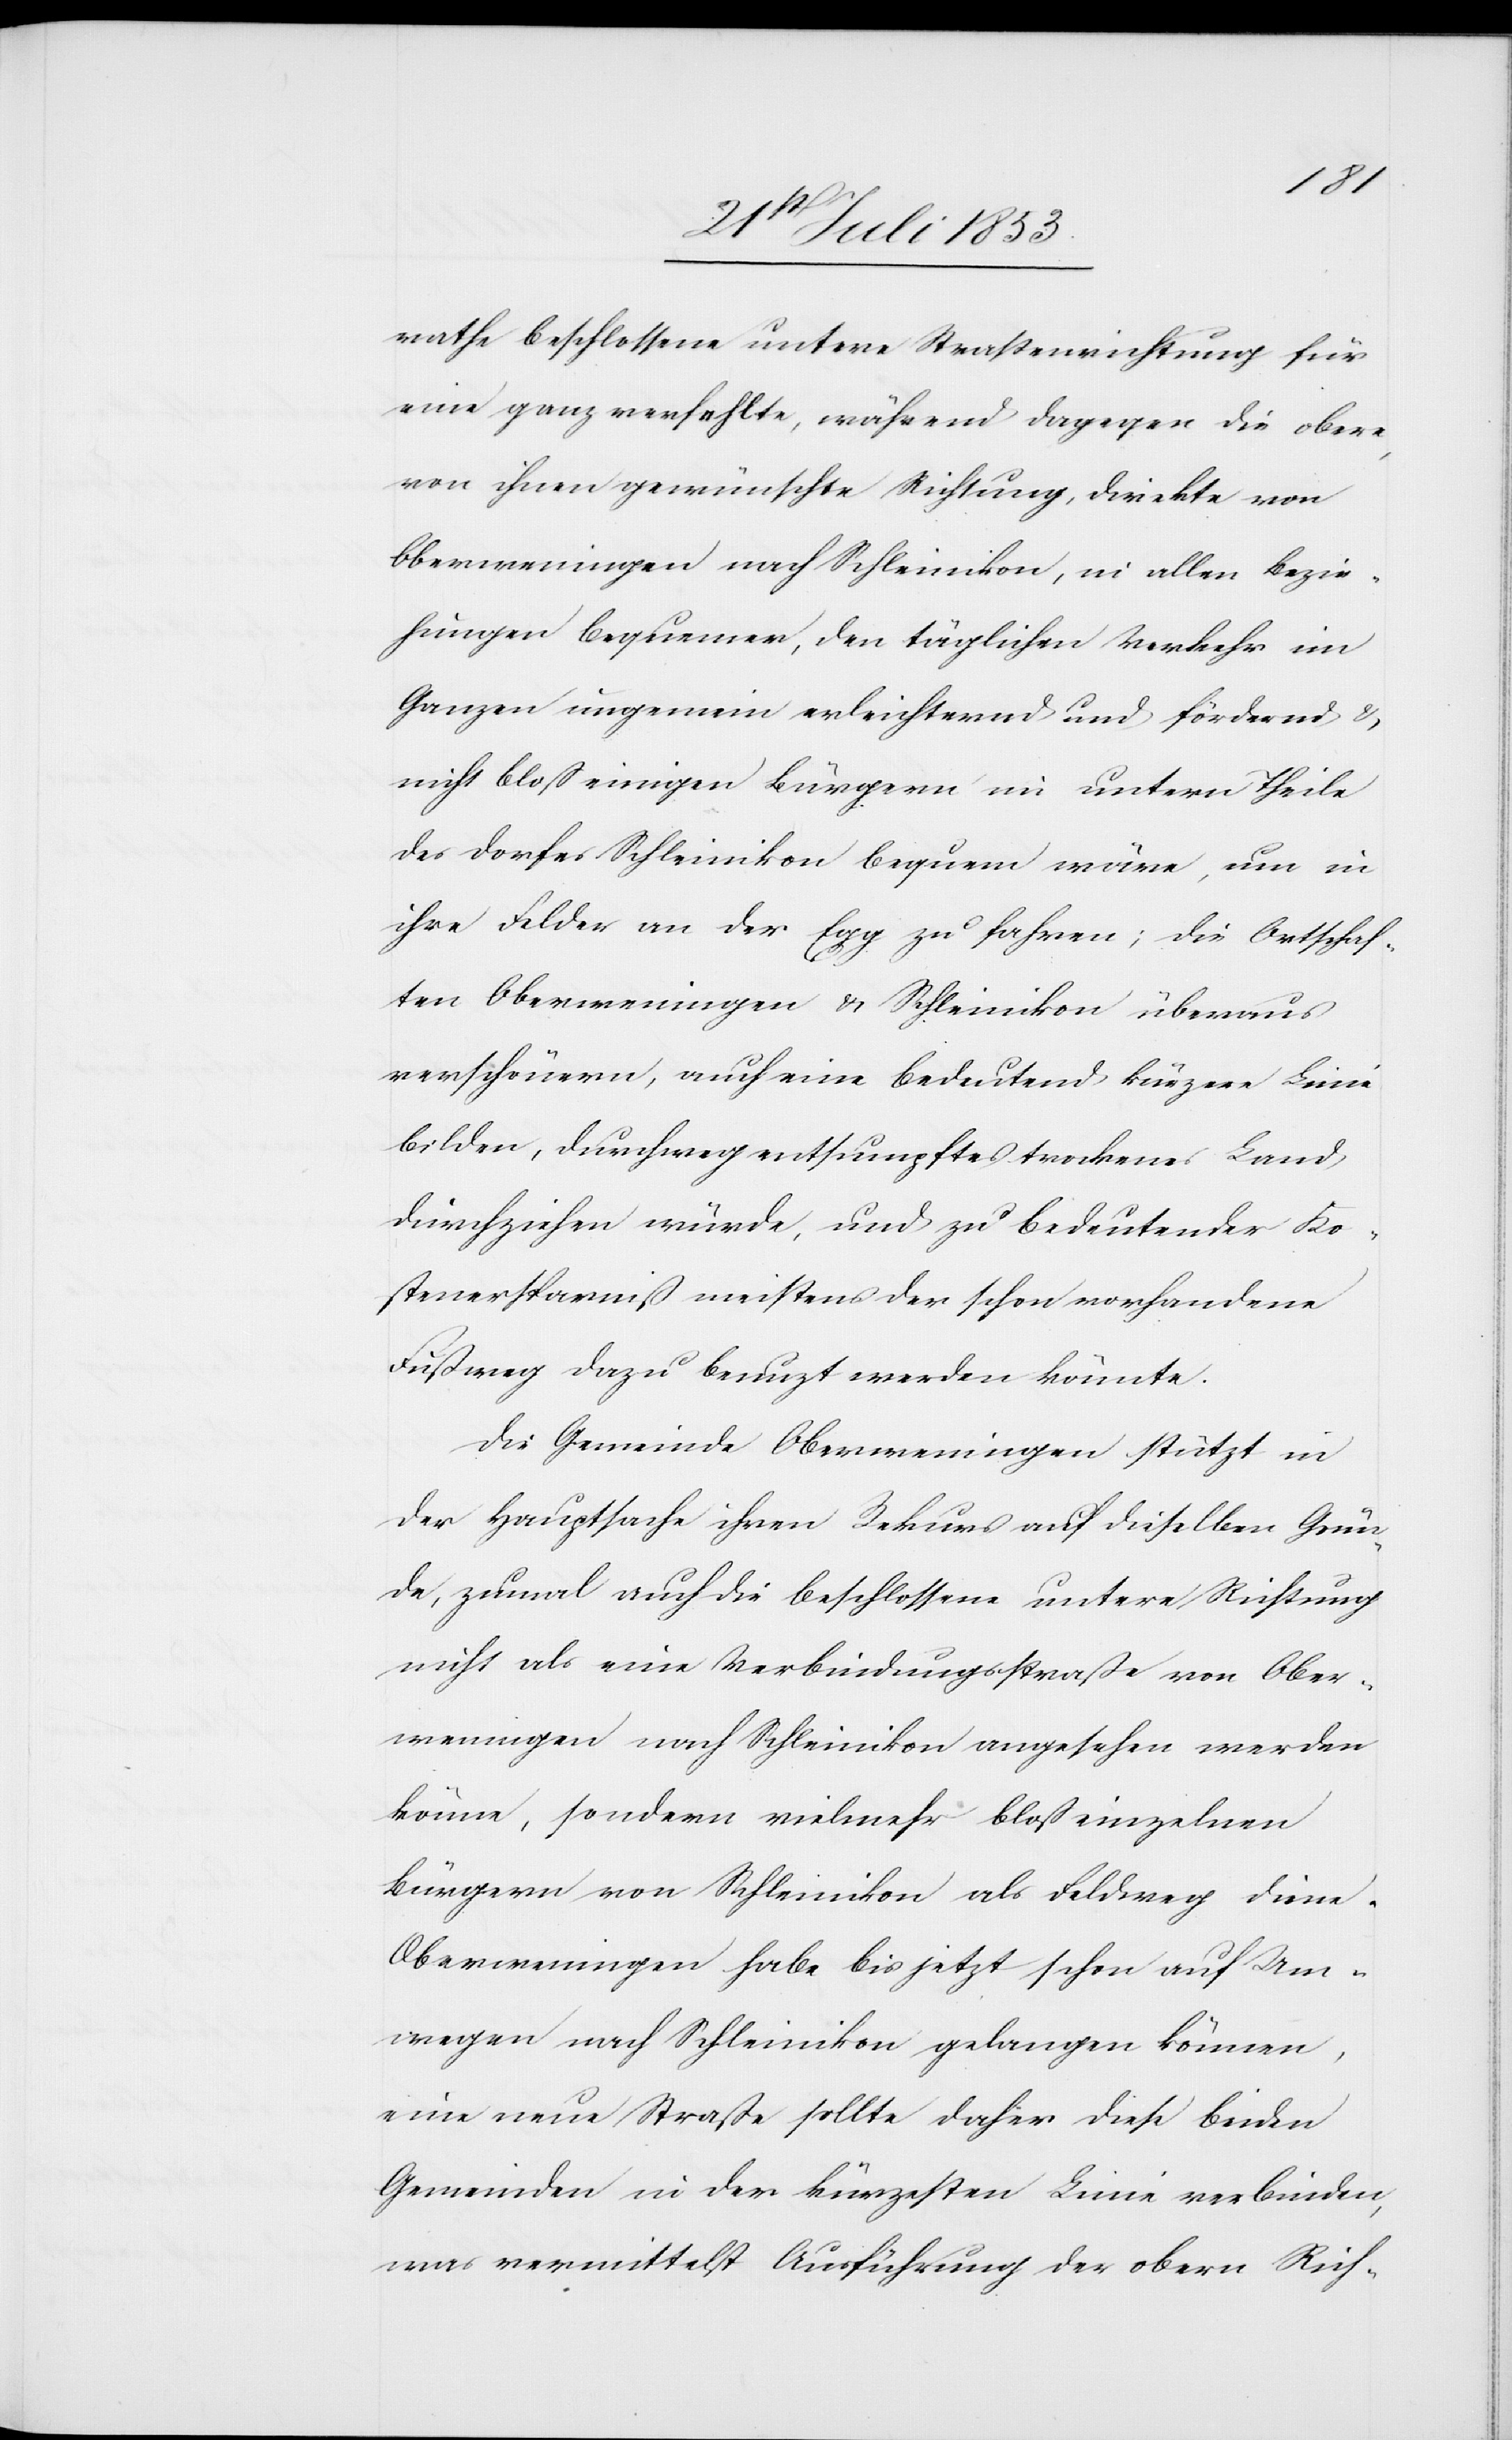
rathe beschlossene untere Straßenrichtung für
eine ganz verfehlte, während dagegen die obere
von ihnen gewünschte Richtung, direkte von
Oberweningen nach Schleinikon, in allen Bezie¬
hungen bequemer, den täglichen Verkehr im
Ganzen ungemein erleichternd und fördernd u.
nicht bloß einigen Bürgern im untern Theile
des Dorfes Schleinikon bequem wäre, um in
ihre Felder an der Egg zu fahren; die Ortschaf¬
ten Oberweningen u. Schleinikon überaus
verschönern, auch eine bedeutend kürzere Linie
bilden, durchweg entsumpftes und trockenes Land,
durchziehen würde, und zu bedeutender Ko¬
stenersparniß meistens der schon vorhandene
Fußweg dazu benuzt werden könnte.
Die Gemeinde Oberweningen stützt in
der Hauptsache ihren Rekurs auf dieselben Grün¬
de, zumal auch die beschlossene untere Richtung
nicht als eine Verbindungsstraße von Ober¬
weningen nach Schleinikon angesehen werden
könne, sondern vielmehr bloß einzelnen
Bürgern von Schleinikon als Feldweg diene.
Oberweningen habe bis jetzt schon auf Um¬
wegen nach Schleinikon gelangen können,
eine neue Straße sollte daher diese beiden
Gemeinden in der kürzesten Linie verbinden,
was vermittelst Ausführung der obern Rich-